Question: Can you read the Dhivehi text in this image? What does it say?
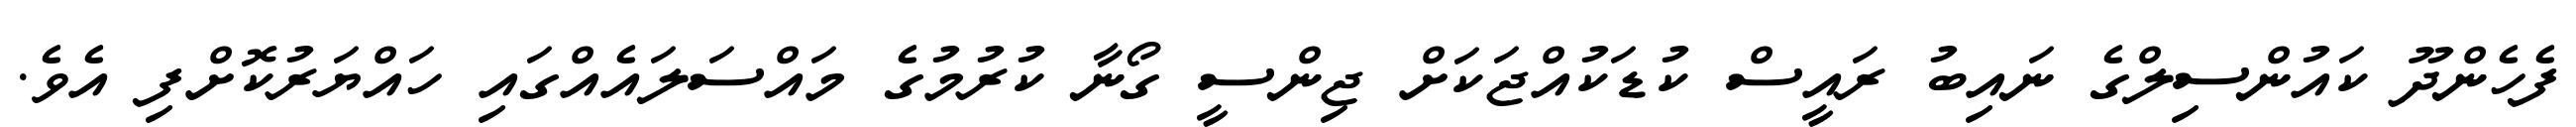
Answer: ފެހެންދޫ ކައުންސިލްގެ ނައިބު ރައީސް ކުޑަކުއްޖަކަށް ޖިންސީ ގޯނާ ކުރުމުގެ މައްސަލައެއްގައި ހައްޔަރުކޮށްފި އެވެ.